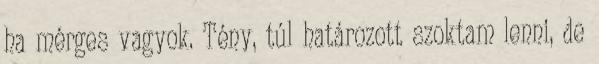
ha mérges vagyok. Tény, túl határozott szoktam lenni, de